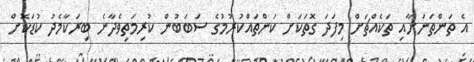
އެ ތަންތަނަށާއި ތަކެއްޗަށް މިފަދަ ގޮތަކަށް ކަންތައްކުރުމުގެ ސަބަބުން ކުރިމަތިވެދާނެ ބިރަކާމެދު ކުޑަކޮށް